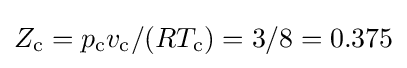
Z_{\text{c}}=p_{\text{c}}v_{\text{c}}/(RT_{\text{c}})=3/8=0.375